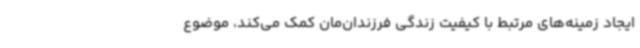
ایجاد زمینه‌های مرتبط با کیفیت زندگی فرزندان‌مان کمک می‌کند، موضوع